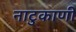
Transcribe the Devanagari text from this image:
नाटुकाणी